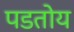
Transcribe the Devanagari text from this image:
पडतोय